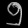
Digit: ၅